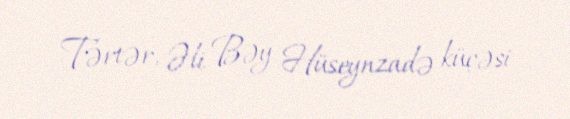
Tərtər, Əli Bəy Hüseynzadə küçəsi